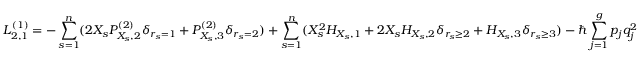
L _ { 2 , 1 } ^ { ( 1 ) } = - \sum _ { s = 1 } ^ { n } ( 2 X _ { s } P _ { X _ { s } , 2 } ^ { ( 2 ) } \delta _ { r _ { s } = 1 } + P _ { X _ { s } , 3 } ^ { ( 2 ) } \delta _ { r _ { s } = 2 } ) + \sum _ { s = 1 } ^ { n } ( X _ { s } ^ { 2 } H _ { X _ { s } , 1 } + 2 X _ { s } H _ { X _ { s } , 2 } \delta _ { r _ { s } \geq 2 } + H _ { X _ { s } , 3 } \delta _ { r _ { s } \geq 3 } ) - \hbar \sum _ { j = 1 } ^ { g } p _ { j } q _ { j } ^ { 2 }